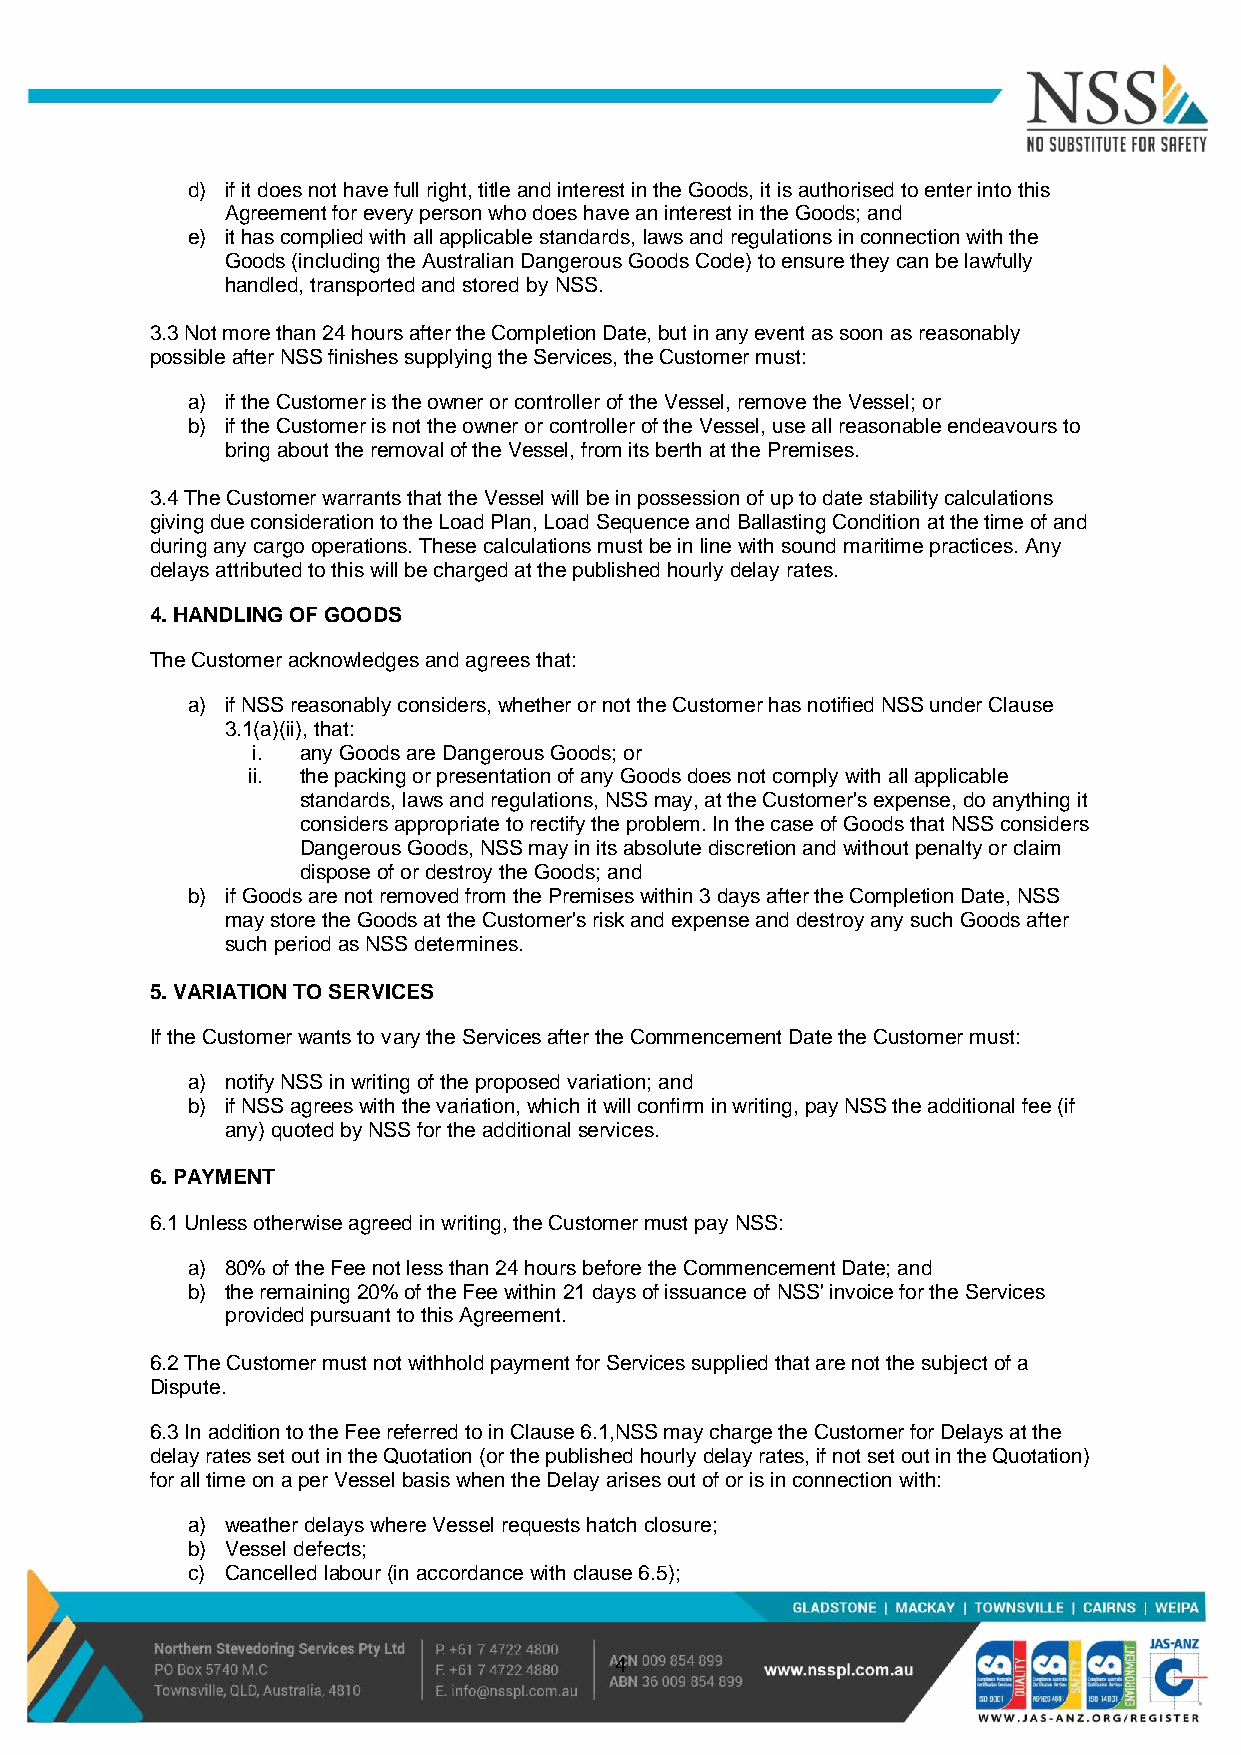
d) if it does not have full right, title and interest in the Goods, it is authorised to enter into this
 Agreement for every person who does have an interest in the Goods; and
 e) it has complied with all applicable standards, laws and regulations in connection with the
 Goods (including the Australian Dangerous Goods Code) to ensure they can be lawfully
 handled, transported and stored by NSS.
 3.3 Not more than 24 hours after the Completion Date, but in any event as soon as reasonably
 possible after NSS finishes supplying the Services, the Customer must:
 a) if the Customer is the owner or controller of the Vessel, remove the Vessel; or
 b) if the Customer is not the owner or controller of the Vessel, use all reasonable endeavours to
 bring about the removal of the Vessel, from its berth at the Premises.
 3.4 The Customer warrants that the Vessel will be in possession of up to date stability calculations
 giving due consideration to the Load Plan, Load Sequence and Ballasting Condition at the time of and
 during any cargo operations. These calculations must be in line with sound maritime practices. Any
 delays attributed to this will be charged at the published hourly delay rates.
 4. HANDLING OF GOODS
 The Customer acknowledges and agrees that:
 a) if NSS reasonably considers, whether or not the Customer has notified NSS under Clause
 3.1(a)(ii), that:
 i. any Goods are Dangerous Goods; or
 ii. the packing or presentation of any Goods does not comply with all applicable
 standards, laws and regulations, NSS may, at the Customer's expense, do anything it
 considers appropriate to rectify the problem. In the case of Goods that NSS considers
 Dangerous Goods, NSS may in its absolute discretion and without penalty or claim
 dispose of or destroy the Goods; and
 b) if Goods are not removed from the Premises within 3 days after the Completion Date, NSS
 may store the Goods at the Customer's risk and expense and destroy any such Goods after
 such period as NSS determines.
 5. VARIATION TO SERVICES
 If the Customer wants to vary the Services after the Commencement Date the Customer must:
 a) notify NSS in writing of the proposed variation; and
 b) if NSS agrees with the variation, which it will confirm in writing, pay NSS the additional fee (if
 any) quoted by NSS for the additional services.
 6. PAYMENT
 6.1 Unless otherwise agreed in writing, the Customer must pay NSS:
 a) 80% of the Fee not less than 24 hours before the Commencement Date; and
 b) the remaining 20% of the Fee within 21 days of issuance of NSS' invoice for the Services
 provided pursuant to this Agreement.
 6.2 The Customer must not withhold payment for Services supplied that are not the subject of a
 Dispute.
 6.3 In addition to the Fee referred to in Clause 6.1,NSS may charge the Customer for Delays at the
 delay rates set out in the Quotation (or the published hourly delay rates, if not set out in the Quotation)
 for all time on a per Vessel basis when the Delay arises out of or is in connection with:
 a) weather delays where Vessel requests hatch closure;
 b) Vessel defects;
 c) Cancelled labour (in accordance with clause 6.5);
 4